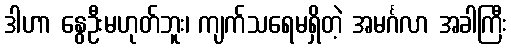
ဒါဟာ နွေဦးမဟုတ်ဘူး၊ ကျက်သရေမရှိတဲ့ အမင်္ဂလာ အခါကြီး